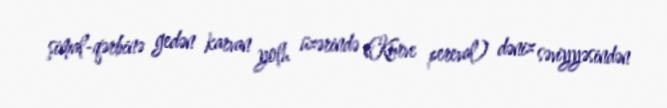
şimal-qərbinə gedən karvan yolu üzərində (Kurve pereval) dəniz səviyyəsindən